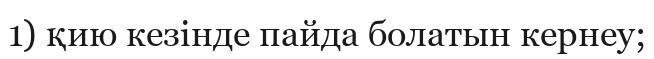
1) қию кезінде пайда болатын кернеу;